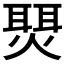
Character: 𬋇